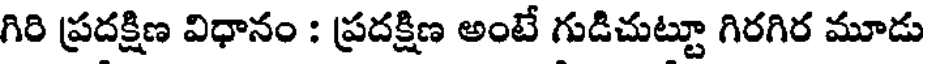
గిరి ప్రదక్షిణ విధానం : ప్రదక్షిణ అంటే గుడిచుట్టూ గిరగిర మూడు